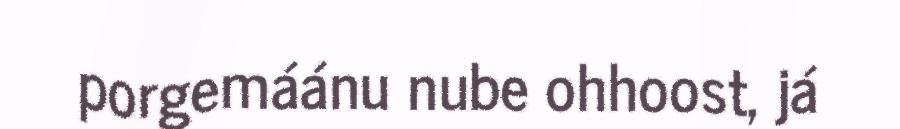
porgemáánu nube ohhoost, já